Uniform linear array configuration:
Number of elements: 64
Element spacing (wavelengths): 0.25
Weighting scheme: kaiser
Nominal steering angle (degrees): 60
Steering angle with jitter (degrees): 58.189
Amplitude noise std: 0.05
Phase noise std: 0.05

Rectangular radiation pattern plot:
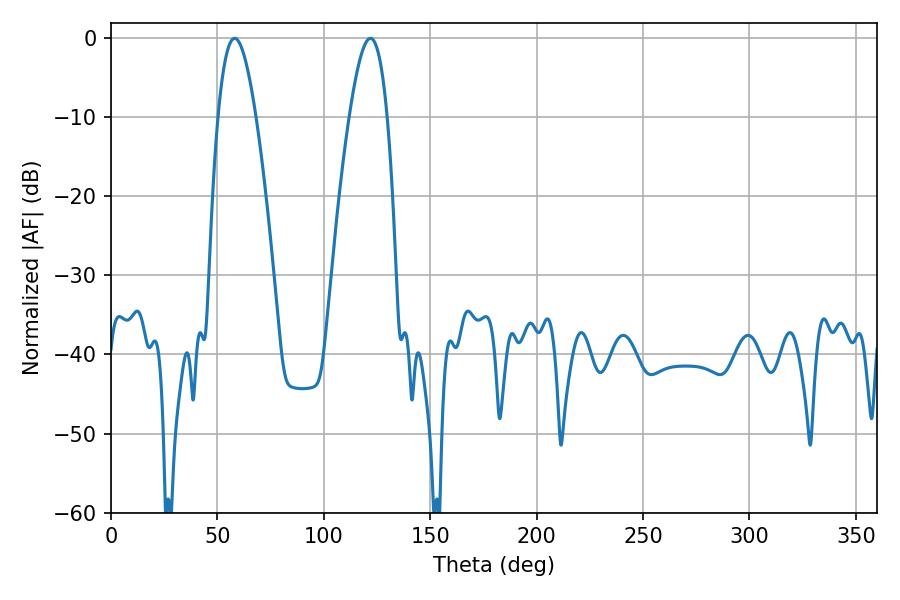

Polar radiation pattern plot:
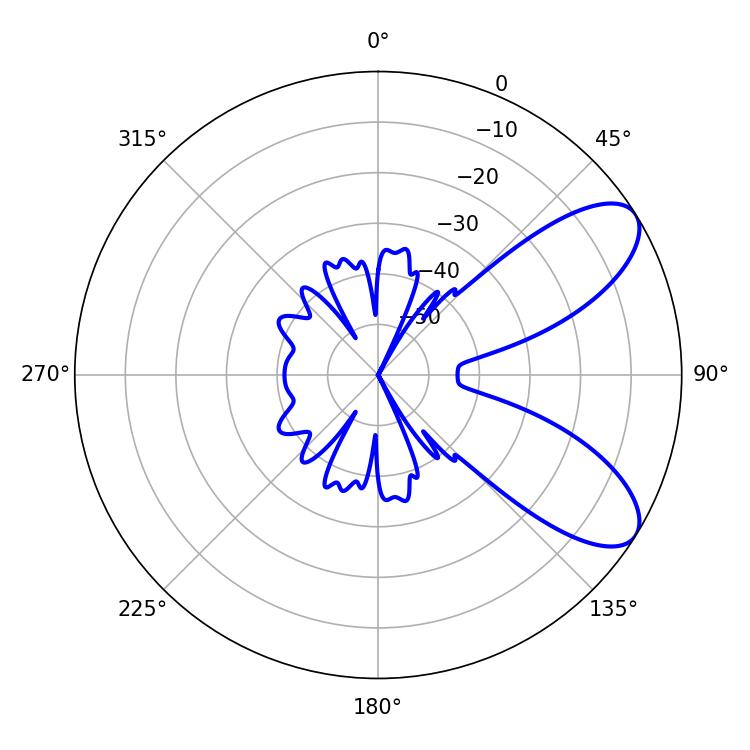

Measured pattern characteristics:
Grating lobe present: FALSE
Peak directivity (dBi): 8.067
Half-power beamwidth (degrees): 9.72
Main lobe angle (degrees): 58.14